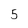
Character: 5